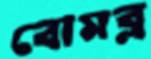
বোমব্ল